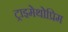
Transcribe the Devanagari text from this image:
ट्राइमेथोप्रिम